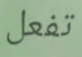
تفعل